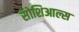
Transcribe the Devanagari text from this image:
सोशिआल्स